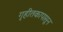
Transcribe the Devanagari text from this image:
गृहीतकापासून